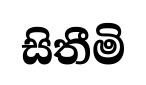
සිතීමි